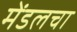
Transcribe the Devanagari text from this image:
मेंडलचा